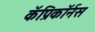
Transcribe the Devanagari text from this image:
कॅप्रिकॉर्नस